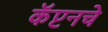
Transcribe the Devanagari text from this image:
कॅप्टनचे